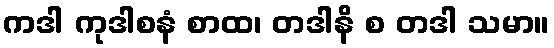
ကဒါ ကုဒါစနံ စာထ၊ တဒါနိ စ တဒါ သမာ။